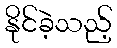
နိုင်ခဲ့သည့်